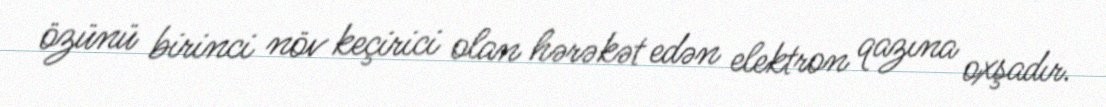
özünü birinci növ keçirici olan hərəkət edən elektron qazına oxşadır.